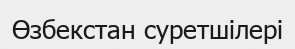
Өзбекстан суретшілері